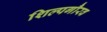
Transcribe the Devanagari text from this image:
शिल्पगौरव